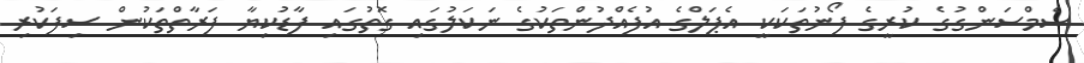
ސެމްސަންގުގެ ކުރީގެ ފޯނުތަކަކީ އެޕަލްގެ އުފެއްދުންތަކުގެ ނަކަލުގައި ގޮތުގައި ފާޑުކިޔާ ފަރާތްތަކުން ސިފަކުރި